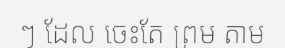
ៗ ដែល ចេះតែ ព្រម តាម